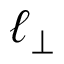
\ell _ { \perp }